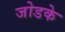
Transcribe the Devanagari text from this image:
जोडके